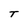
Character: T